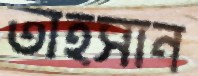
তাহসান